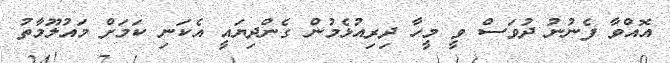
އޮއްވާ ފެނުނު ދުވަސް ވީ މީހާ ދިރިއުޅެމުން ގެންދިޔައީ އެކަނި ކަމަށް މައުލޫމާތު